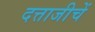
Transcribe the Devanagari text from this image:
दत्ताजीचें